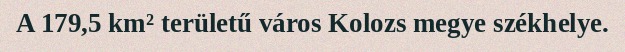
A 179,5 km² területű város Kolozs megye székhelye.